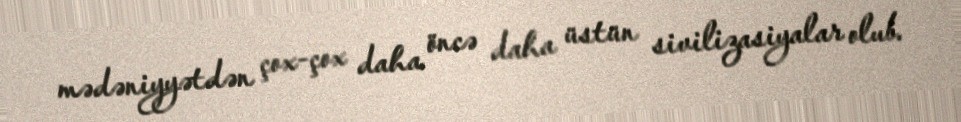
mədəniyyətdən çox-çox daha öncə daha üstün sivilizasiyalar olub.